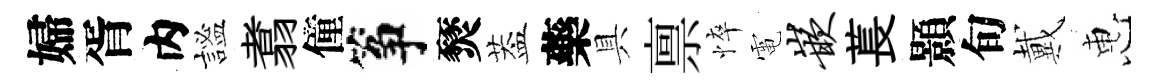
婦胥内謐翥僮筝燹葢藥具禀悴電嵌萇顥旬戴惠